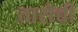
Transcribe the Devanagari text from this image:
तारोच्ची